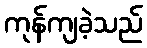
ကုန်ကျခဲ့သည်